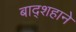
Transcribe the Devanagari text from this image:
बाद्शहाने